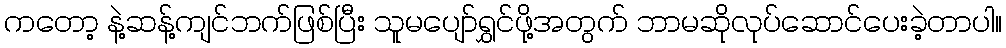
ကတော့ နဲ့ဆန့်ကျင်ဘက်ဖြစ်ပြီး သူမပျော်ရွှင်ဖို့အတွက် ဘာမဆိုလုပ်ဆောင်ပေးခဲ့တာပါ။